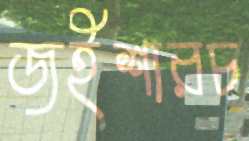
জইশারচ